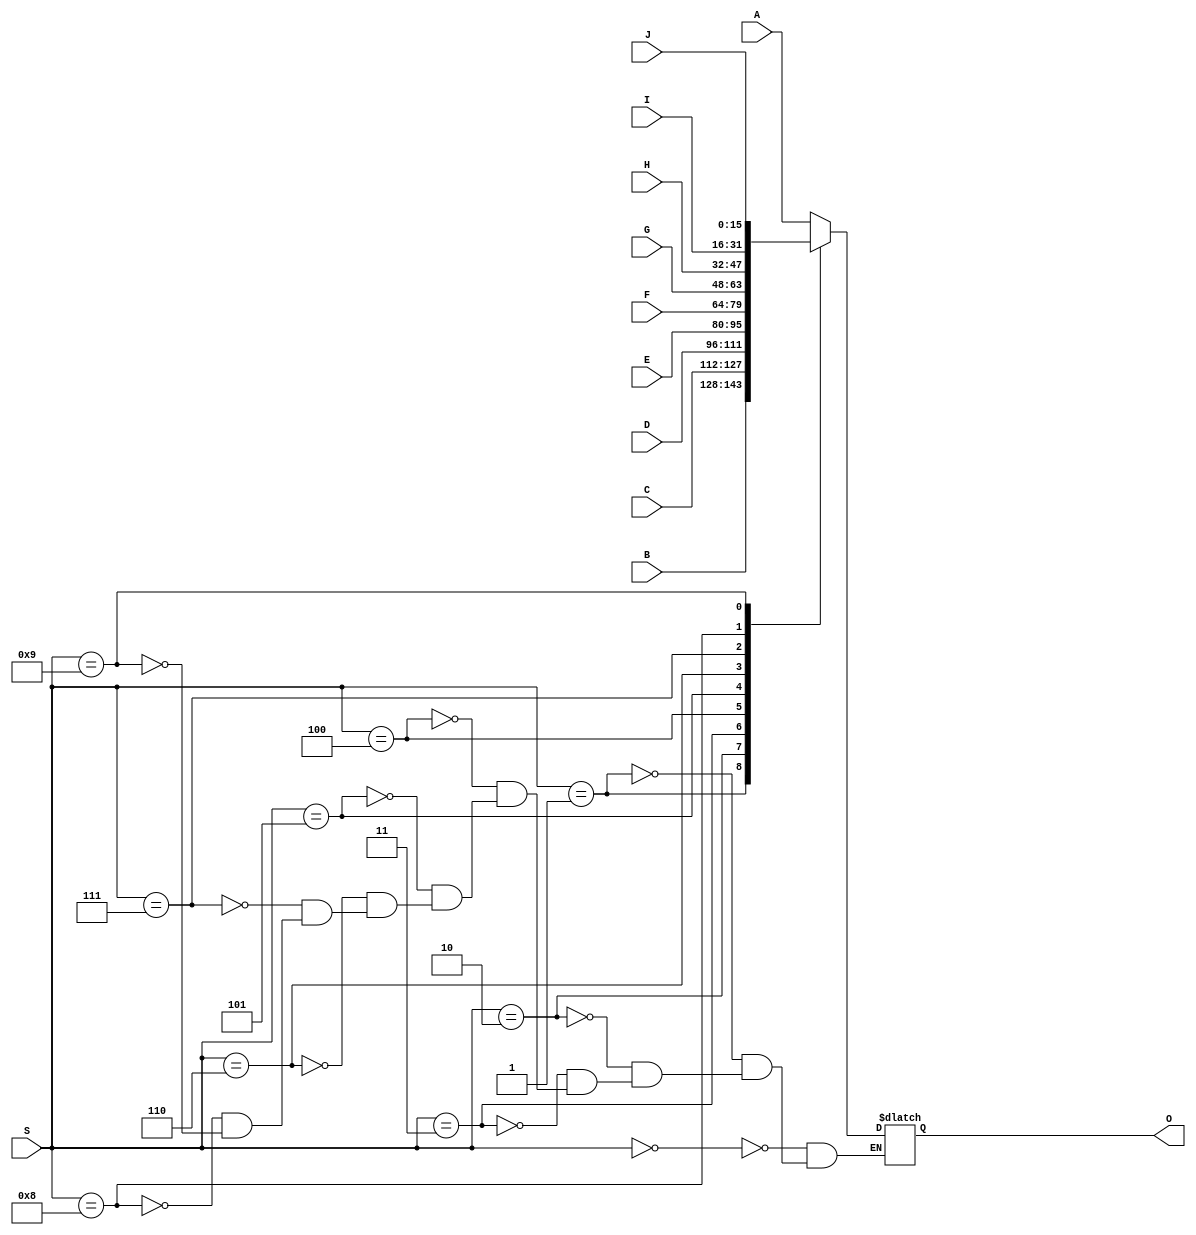
`timescale 1ns / 1ps
//////////////////////////////////////////////////////////////////////////////////
// Company: Violet Team
// 
// Design Name: 
// Module Name:    RegisterFileV2Mux 
// Project Name: 
// Target Devices: 
// Tool versions: 
// Description: 
//
// Dependencies: 
//
// Revision: 
// Revision 0.01 - File Created
// Additional Comments: 
//
//////////////////////////////////////////////////////////////////////////////////
module RegisterFileV2Mux(
    input [15:0] A,
    input [15:0] B,
    input [15:0] C,
    input [15:0] D,
    input [15:0] E,
    input [15:0] F,
    input [15:0] G,
    input [15:0] H,
    input [15:0] I,
    input [15:0] J,
    input [3:0] S,
    output reg [15:0] O
    );
	 
	 always @ (A,B,C,D,E,F,G,H,I,J,S) begin
	 
			case (S)
				4'b0000 : O = A;
				4'b0001 : O = B;
				4'b0010 : O = C;
				4'b0011 : O = D;
				4'b0100 : O = E;
				4'b0101 : O = F;
				4'b0110 : O = G;
				4'b0111 : O = H;
				4'b1000 : O = I;
				4'b1001 : O = J;
			endcase
		end
				


endmodule